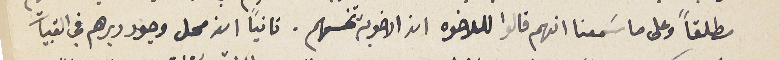
مطلقاً وعلى ما سَمعنا انهم قالوا للاخوه ان الاخوية تحسنهم. ثانياً ان محل وجود ديرهم في القبيات